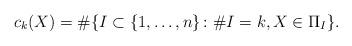
LaTeX: \begin{align*}c_k(X) = \# \{I\subset\{1,\ldots,n\}\colon \# I = k, X\in \Pi_I\}.\end{align*}